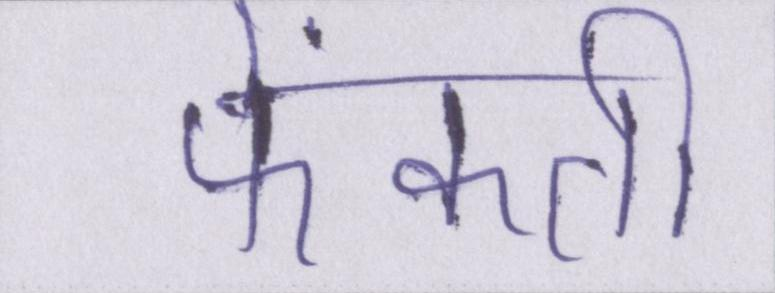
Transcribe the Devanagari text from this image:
फेंकती